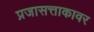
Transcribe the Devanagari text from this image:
प्रजासत्ताकावर